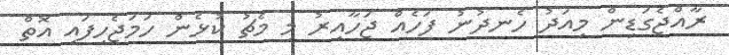
ރާއްޖެގަޑިން މިއަދު ހެނދުނު ފަހެއް ޖަހާއިރު މި މެޗު ކުޅެން ހަމަޖެހިފައި އޮތް